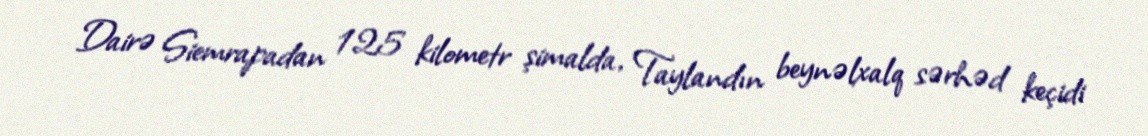
Dairə Siemrapadan 125 kilometr şimalda, Taylandın beynəlxalq sərhəd keçidi